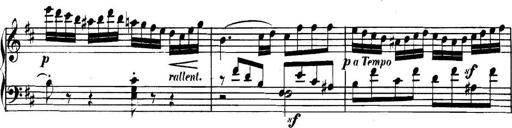
Title: Collected Piano Sonatas
Composer: Muzio Clementi